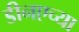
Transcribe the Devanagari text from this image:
डीनएच्या